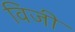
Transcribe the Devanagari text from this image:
विजी